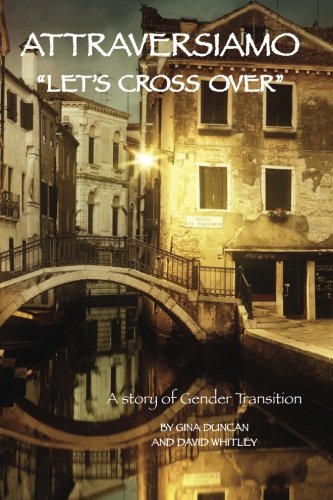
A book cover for Attraversiamo, "Let's Cross Over": A Story of Gender Transition; Gina Duncan; Gay & Lesbian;